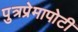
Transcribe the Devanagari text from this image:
पुत्रप्रेमापोटी